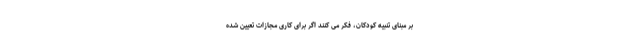
بر مبنای تنبیه کودکان، فکر می کنند اگر برای کاری مجازات تعیین شده